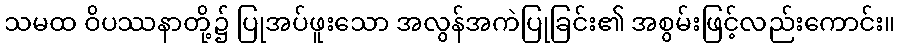
သမထ ဝိပဿနာတို့၌ ပြုအပ်ဖူးသော အလွန်အကဲပြုခြင်း၏ အစွမ်းဖြင့်လည်းကောင်း။